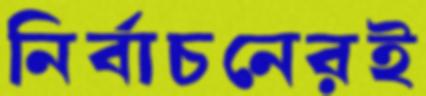
নির্বাচনেরই